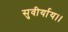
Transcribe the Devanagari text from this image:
सुवीर्याय।।